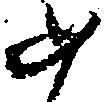
如